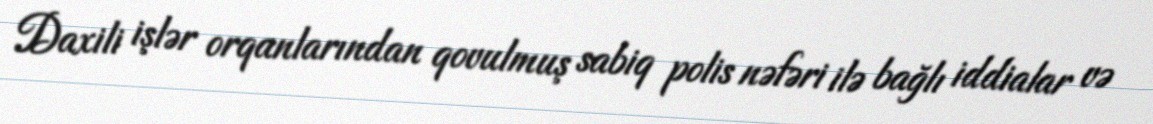
Daxili işlər orqanlarından qovulmuş sabiq polis nəfəri ilə bağlı iddialar və